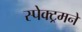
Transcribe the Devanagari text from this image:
स्पेक्ट्रमने